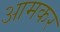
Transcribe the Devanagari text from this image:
आमकर